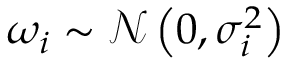
\omega _ { i } \sim \mathcal N \left( 0 , \sigma _ { i } ^ { 2 } \right)